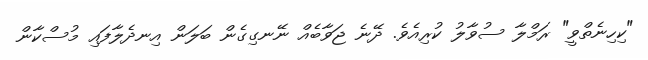
"ކިހިނެތްވީ" ރަމްލާ ސުވާލު ކުރިއެވެ. ދޭނެ ޖަވާބެއް ނޭނގިގެން ބަލަން އިނދެލާފައި މުސްކާން